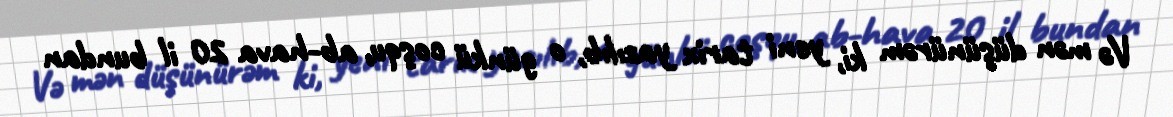
Və mən düşünürəm ki, yeni tarix yazılıb, o günkü coşqu, ab-hava 20 il bundan